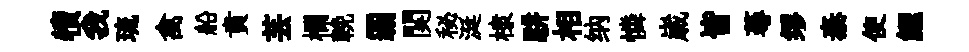
犢我琉禽船賁芸欄輓覇関秘涎棣駢相纳憐𡻕皆蕚缪泰使鯉